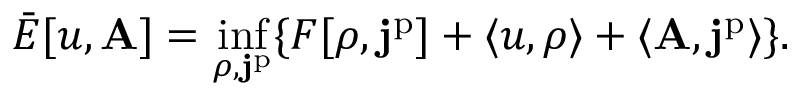
\bar { E } [ u , \mathbf { A } ] = \operatorname* { i n f } _ { \rho , \mathbf { j } ^ { \mathrm { p } } } \{ F [ \rho , \mathbf { j } ^ { \mathrm { p } } ] + \langle u , \rho \rangle + \langle \mathbf { A } , \mathbf { j } ^ { \mathrm { p } } \rangle \} .